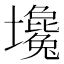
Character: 𡓦